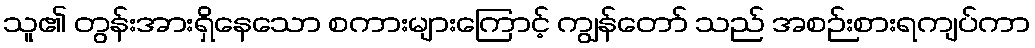
သူ၏ တွန်းအားရှိနေသော စကားများကြောင့် ကျွန်တော် သည် အစဉ်းစားရကျပ်ကာ